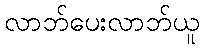
လာဘ်ပေးလာဘ်ယူ